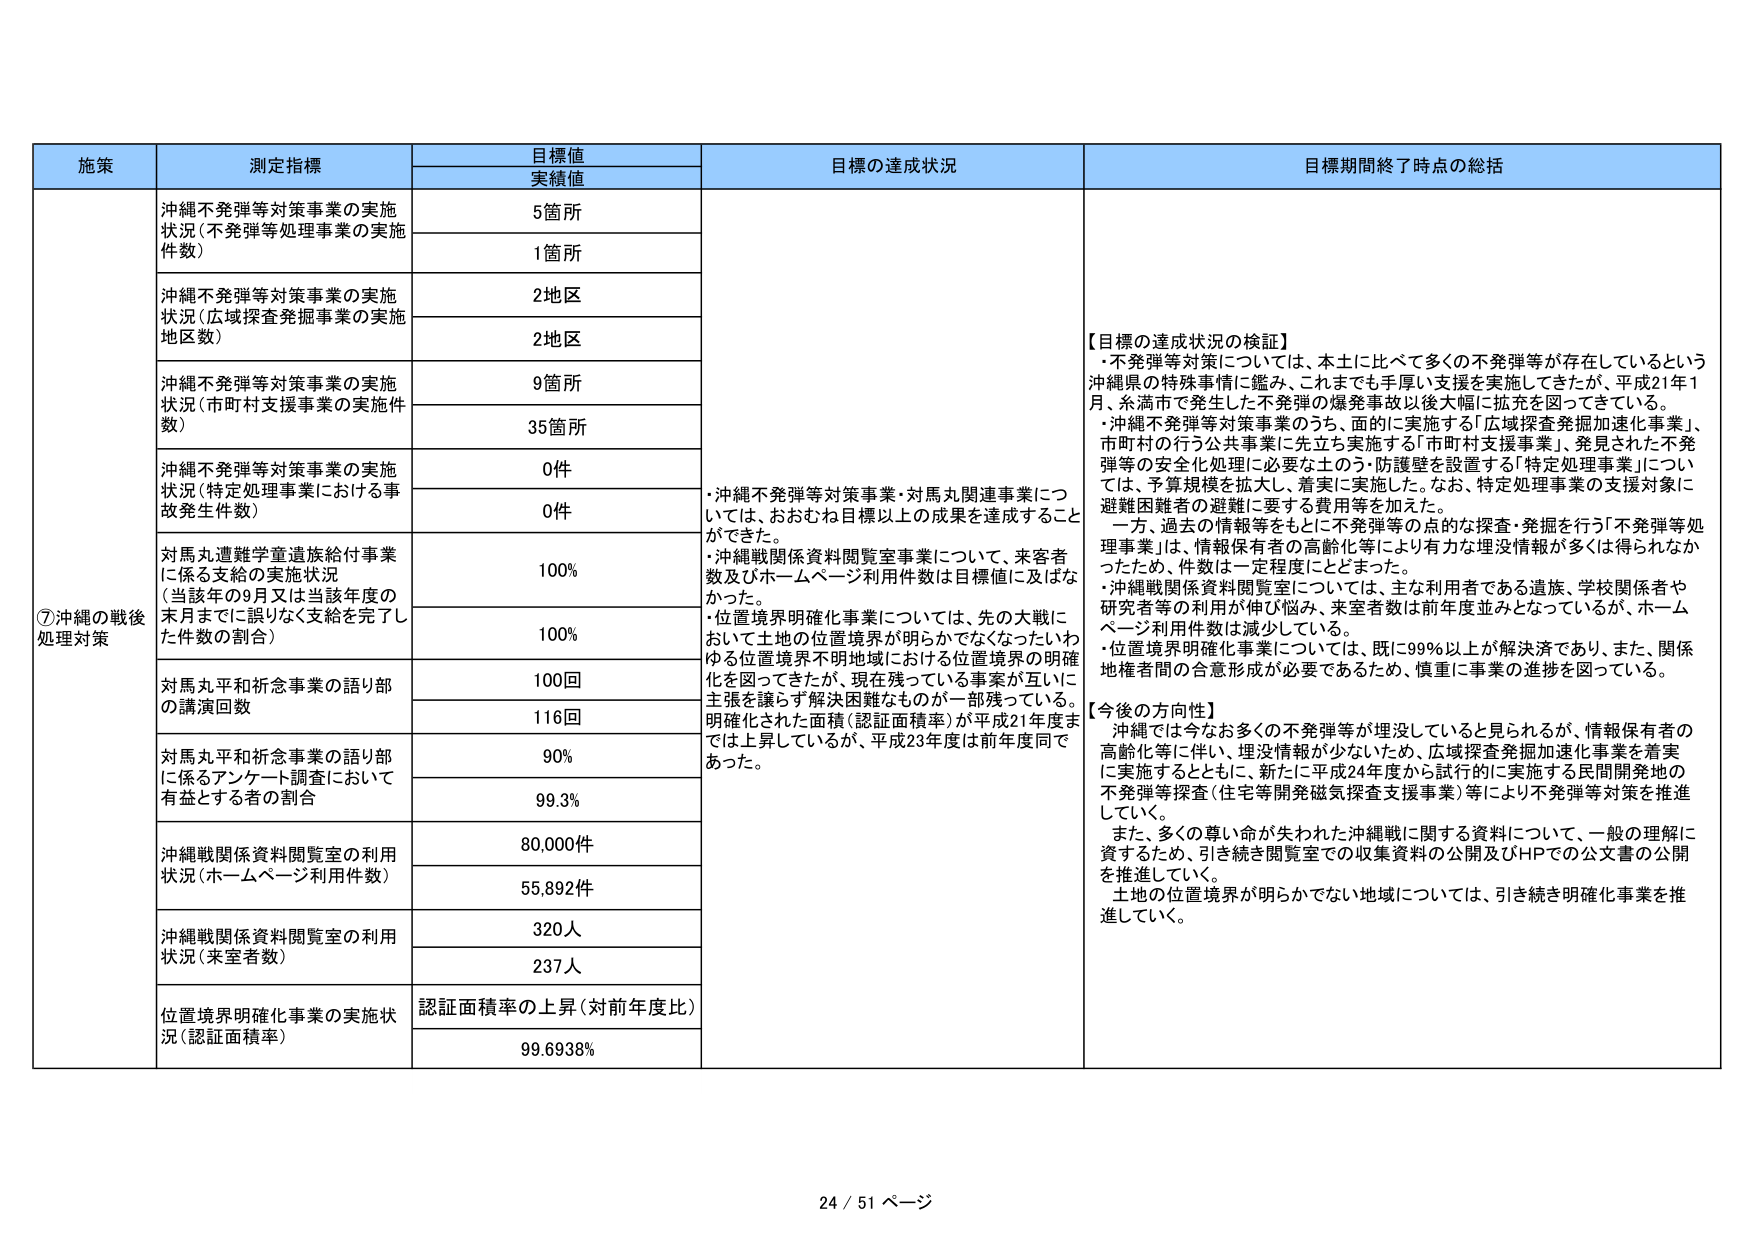
施策 測定指標 目標値 実績値 目標の達成状況 目標期間終了時点の総括 ⑦沖縄の戦後処理対策 沖縄不発弾等対策事業の実施状況（不発弾等処理事業の実施件数） 5箇所 1箇所 沖縄不発弾等対策事業の実施状況（広域探査発掘事業の実施地区数） 2地区 2地区 沖縄不発弾等対策事業の実施状況（市町村支援事業の実施件数） 9箇所 35箇所 沖縄不発弾等対策事業の実施状況（特定処理事業における事故発生件数） 0件 0件 対馬丸遭難学童遺族給付事業に係る支給の実施状況（当該年の9月又は当該年度の末日までに誤りなく支給を完了した件数の割合） 100% 100% 対馬丸平和祈念事業の語り部の講演回数 100回 116回 対馬丸平和祈念事業の語り部に係るアンケート調査において有益とする者の割合 90% 99.3% 沖縄戦関係資料閲覧室の利用状況（ホームページ利用件数） 80,000件 55,892件 沖縄戦関係資料閲覧室の利用状況（来室者数） 320人 237人 位置境界明確化事業の実施状況（認証面積率） 認証面積率の上昇（対前年度比） 99.6938% ・沖縄不発弾等対策事業・対馬丸関連事業については、おおむね目標以上の成果を達成することができた。 ・沖縄戦関係資料閲覧室事業については、来客者数及びホームページ利用件数は目標値に及ばなかった。 ・位置境界明確化事業については、先の大戦において土地の位置境界が明らかでなくなつたいわゆる位置境界不明地域における位置境界の明確化を図ってきたが、現在残っている事案が互いに主張を譲らず解決困難なものが一部残っている。明確化された面積（認証面積率）が平成21年度までは上昇しているが、平成23年度は前年度同であつた。 【目標の達成状況の検証】 ・不発弾等対策については、本土に比べて多くの不発弾等が存在しているという沖縄県の特殊事情に鑑み、これまでも手厚い支援を実施してきたが、平成21年1月、糸満市で発生した不発弾の爆発事故以後大幅に拡充を図ってきた。 ・沖縄不発弾等対策事業のうち、面的に実施する「広域探査発掘加速化事業」、市町村の行う公共事業に先立ち実施する「市町村支援事業」、発見された不発弾等の安全性処理に必要な土のう・防護壁を設置する「特定処理事業」については、予算規模を拡大し、着実に実施した。なお、特定処理事業の支援対象に避難困難者の避難に要する費用等を加えた。 一方、過去の情報等をもとに不発弾等の点的な探査・発掘を行う「不発弾等処理事業」は、情報保有者の高齢化等により有力な埋没情報が多くは得られなかったため、件数は一定程度にとどまった。 ・沖縄戦関係資料閲覧室については、主な利用者である遺族、学校関係者や研究者等の利用が伸び悩み、来室者数は前年度並みとなっているが、ホームページ利用件数は減少している。 ・位置境界明確化事業については、既に99%以上が解決済であり、また、関係地権者間の合意形成が必要であるため、慎重に事業の進捗を図っている。 【今後の方針】 沖縄では今なお多くの不発弾等が埋没していると見られるが、情報保有者の高齢化等に伴い、埋没情報が少ないため、広域探査発掘加速化事業を着実に実施するとともに、新たに平成24年度から試行的に実施する民間開発地の不発弾等探査（住宅等開発磁気探査支援事業）等により不発弾等対策を推進していく。 また、多くの尊い命が失われた沖縄戦に関する資料について、一般の理解に資するため、引き続き閲覧室での収集資料の公開及びHPでの公文書の公開を推進していく。 土地の位置境界が明らかでない地域については、引き続き明確化事業を推進していく。 24 / 51 ページ